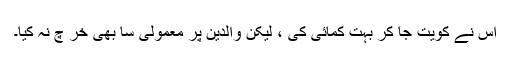
اس نے کویت جا کر بہت کمائی کی ، لیکن والدین پر معمولی سا بھی خر چ نہ کیا۔